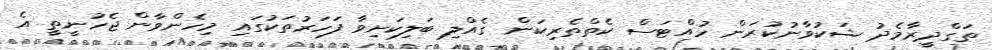
ތަގްދީރާމެދު ޝަކުވާނުކުރަން ހުއްޓަސް ކެތްތެރިކަން ގެއްލި ބަލިކަށިވާ ފަހަރުތަކުގައި މިހެންވާން ޖެހުނީތީ އެ